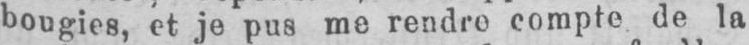
bougies, et je pus me rendre compte de la